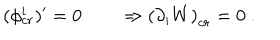
( \phi _ { c r } ^ { i } ) ^ { \prime } = 0 \qquad \Rightarrow \left( \partial _ { i } W \right) _ { c r } = 0 \ .